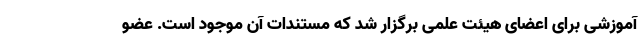
آموزشی برای اعضای هیئت علمی برگزار شد که مستندات آن موجود است. عضو